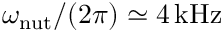
\omega _ { \mathrm { n u t } } / ( 2 \pi ) \simeq 4 \mathrm { \, k H z }